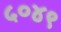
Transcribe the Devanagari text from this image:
५०४९